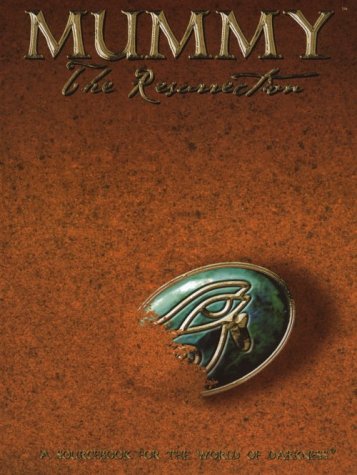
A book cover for Mummy: The Resurrection (World of Darkness); Andrew Bates; Science Fiction & Fantasy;